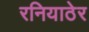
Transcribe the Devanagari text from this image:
रनियाठेर